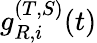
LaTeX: g_{R,i}^{(T,S)}(t)